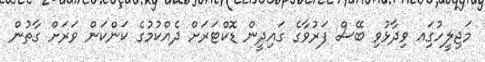
މަޖިލީހުގަިއ ވިދާޅުވި ބޭސް ފަރުވާގެ ގައިދީން ޑޮކްޓަރަށް ދެއްކުމުގެ ކަންކަން ވަރަށް ގާތުން